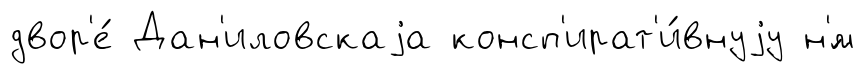
двор'е́ Дан'иловскаjа консп'ират'и́внуjу н'́м